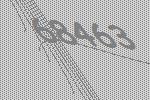
68463